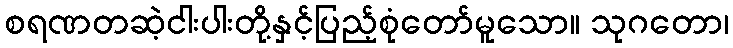
စရဏတဆဲ့ငါးပါးတို့နှင့်ပြည့်စုံတော်မူသော။ သုဂတော၊